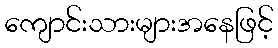
ကျောင်းသားများအနေဖြင့်